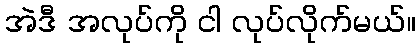
အဲဒီ အလုပ်ကို ငါ လုပ်လိုက်မယ်။